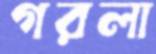
গরলা